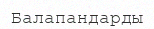
Балапандарды